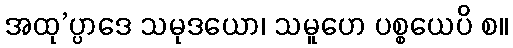
အထု’ပ္ပာဒေ သမုဒယော၊ သမူဟေ ပစ္စယေပိ စ။